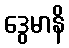
ဒွေမာနိ